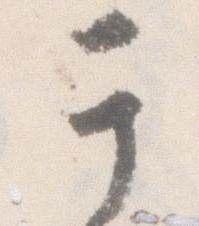
于